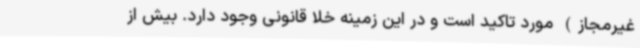
غیرمجاز) مورد تاکید است و در این زمینه خلا قانونی وجود دارد. بیش از